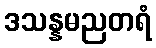
ဒသန္နမညတရံ